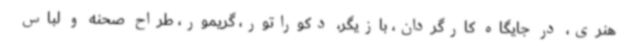
هنری، در جایگاه کارگردان، بازیگر، دکوراتور، گریمور، طراح صحنه و لباس